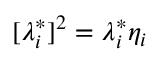
[ \lambda _ { i } ^ { * } ] ^ { 2 } = \lambda _ { i } ^ { * } \eta _ { i }